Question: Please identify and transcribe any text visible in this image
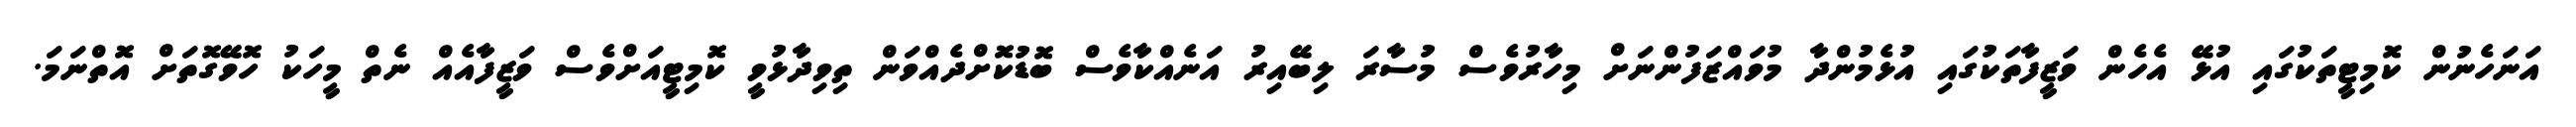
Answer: އަނަހެނުން ކޮމިޓީތަކުގައި އުޅޭ އެހެން ވަޒީފާތަކުގައި އުޅެމުންދާ މުވައްޒަފުންނަށް މިހާރުވެސް މުސާރަ ލިބޭއިރު އަނެއްކާވެސް ބޮޑުކޮށްދެއްވަން ތިވިދާޅުވީ ކޮމިޓީއަށްވެސް ވަޒީފާއެއް ނެތް މީހަކު ހޮވޭގޮތަށް އޮތްނަމަ.